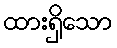
ထားရှိသော